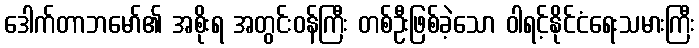
ဒေါက်တာဘမော်၏ အစိုးရ အတွင်းဝန်ကြီး တစ်ဦးဖြစ်ခဲ့သော ဝါရင့်နိုင်ငံရေးသမားကြီး